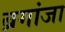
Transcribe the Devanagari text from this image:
ब्रगांजा